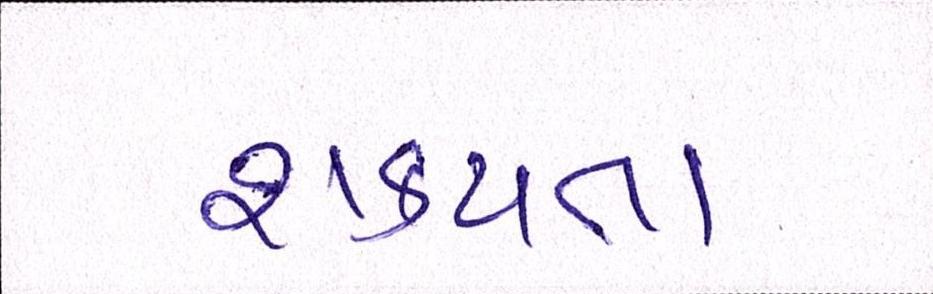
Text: શકયતા